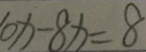
1 0 x - 8 x = 8